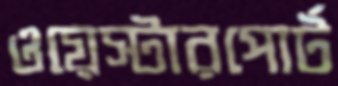
ওয়েস্টারপোর্ট